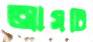
আসচি